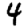
Digit: 4